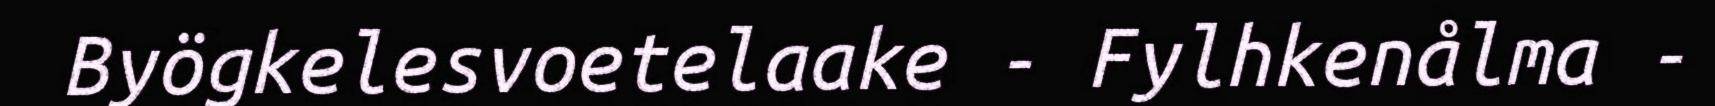
Byögkelesvoetelaake - Fylhkenålma -